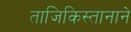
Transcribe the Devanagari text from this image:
ताजिकिस्तानाने